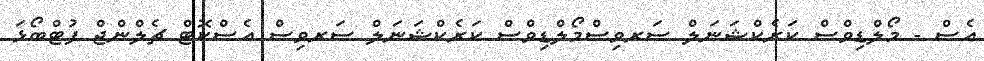
އެސް - މޯލްޑިވްސް ކަރެކްޝަނަލް ސަރވިސްމޯލްޑިވްސް ކަރެކްޝަނަލް ސަރވިސް އެސްކޮޓް ޗެލްންޖް ފުޓްބޯޅަ